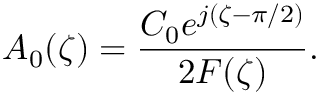
A _ { 0 } ( \zeta ) = \frac { C _ { 0 } e ^ { j ( \zeta - \pi / 2 ) } } { 2 F ( \zeta ) } .